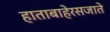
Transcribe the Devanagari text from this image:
हाताबाहेरसजाते